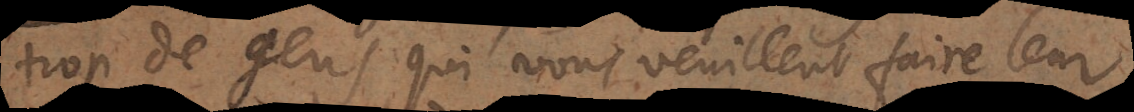
trop de gens qui vous veuillent faire leur